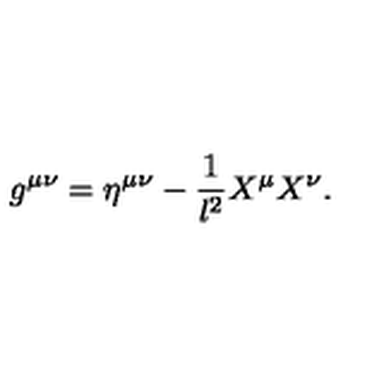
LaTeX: g ^ { \mu \nu } = \eta ^ { \mu \nu } - \frac { 1 } { l ^ { 2 } } X ^ { \mu } X ^ { \nu } .